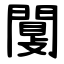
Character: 闅